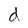
Character: d